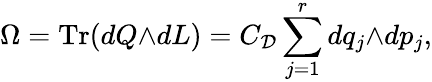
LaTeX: \Omega=\mathrm{Tr}(dQ{\wedge}dL)=C_{\cal D}\sum_{j=1}^{r}dq_{j}{\wedge}dp_{j},